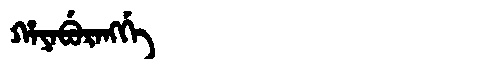
Manchu: ᡥᠠᠶᠠᠪᡠᡵᠠᠩᡤᡝ
Romanization: HAYABURANGGE